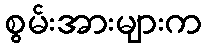
စွမ်းအားများက